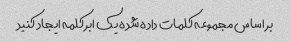
بر اساس مجموعه کلمات داده شده یک ابر کلمه ایجاد کنید